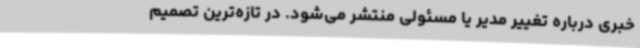
خبری درباره تغییر مدیر یا مسئولی منتشر می‌شود. در تازه‌ترین تصمیم